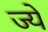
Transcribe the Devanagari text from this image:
ज्ये